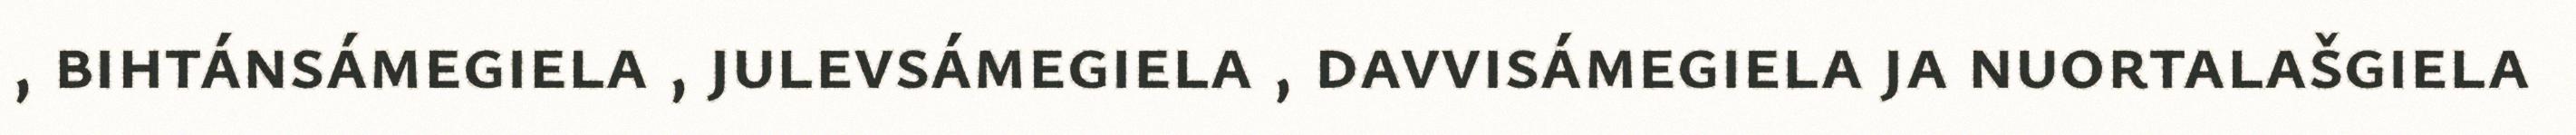
, bihtánsámegiela , julevsámegiela , davvisámegiela ja nuortalašgiela